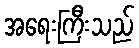
အရေးကြီးသည်